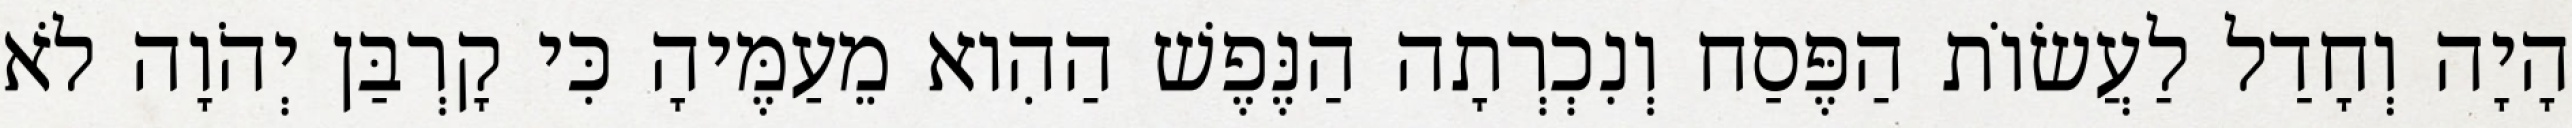
הָיָה וְחָדַל לַעֲשׂוֹת הַפֶּסַח וְנִכְרְתָה הַנֶּפֶשׁ הַהִוא מֵעַמֶּיהָ כִּי קָרְבַּן יְהֹוָה לֹא